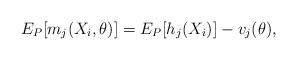
LaTeX: \begin{align*}E_P[m_j(X_i,\theta)] = E_P[h_j(X_i)]-v_j(\theta),\end{align*}